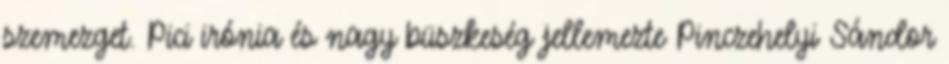
szemezget. Pici irónia és nagy büszkeség jellemezte Pinczehelyi Sándor